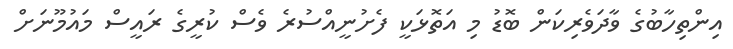
އިންތިހާބުގެ ވާދަވެރިކަން ބޮޑު މި އަތޮޅަކީ ފެށުނީއްސުރެ ވެސް ކުރީގެ ރައީސް މައުމޫނަށް